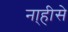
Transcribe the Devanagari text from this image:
ना्हीसे